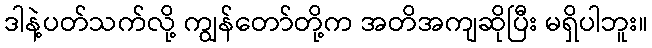
ဒါနဲ့ပတ်သက်လို့ ကျွန်တော်တို့က အတိအကျဆိုပြီး မရှိပါဘူး။